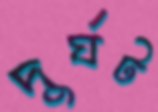
দুর্ঘট